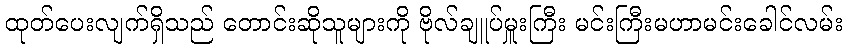
ထုတ်ပေးလျက်ရှိသည် တောင်းဆိုသူများကို ဗိုလ်ချူပ်မှူးကြီး မင်းကြီးမဟာမင်းခေါင်လမ်း